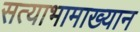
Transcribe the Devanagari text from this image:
सत्याभामाख्यान